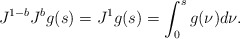
\begin{align*}J^{1-b} J^{b} g(s) = J^1 g(s) = \int_0^s g(\nu) d\nu .\end{align*}